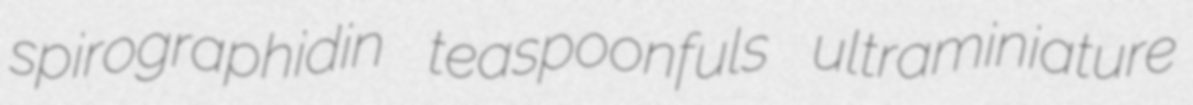
spirographidin teaspoonfuls ultraminiature